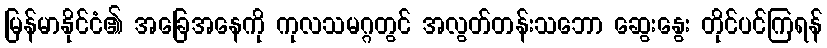
မြန်မာနိုင်ငံ၏ အခြေအနေကို ကုလသမဂ္ဂတွင် အလွတ်တန်းသဘော ဆွေးနွေး တိုင်ပင်ကြရန်